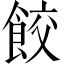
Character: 餃